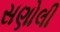
સણોલી